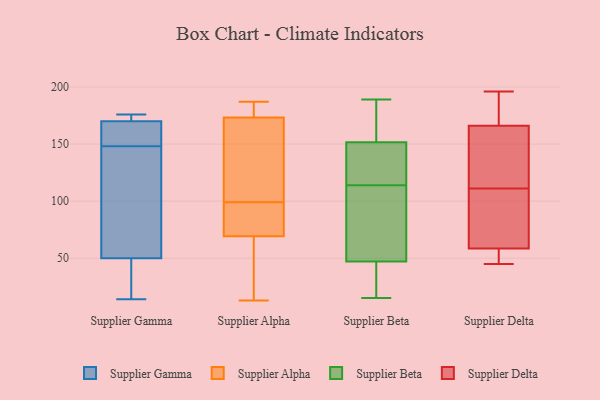
{"axis": {"x": "Backlog", "y": "Value"}, "legend": ["Supplier Alpha", "Supplier Beta", "Supplier Delta", "Supplier Gamma"], "data": [{"x": "", "y": 153, "type": "Supplier Gamma"}, {"x": "", "y": 175, "type": "Supplier Gamma"}, {"x": "", "y": 39, "type": "Supplier Gamma"}, {"x": "", "y": 173, "type": "Supplier Gamma"}, {"x": "", "y": 176, "type": "Supplier Gamma"}, {"x": "", "y": 148, "type": "Supplier Gamma"}, {"x": "", "y": 74, "type": "Supplier Gamma"}, {"x": "", "y": 173, "type": "Supplier Gamma"}, {"x": "", "y": 32, "type": "Supplier Gamma"}, {"x": "", "y": 14, "type": "Supplier Gamma"}, {"x": "", "y": 161, "type": "Supplier Gamma"}, {"x": "", "y": 149, "type": "Supplier Gamma"}, {"x": "", "y": 121, "type": "Supplier Gamma"}, {"x": "", "y": 80, "type": "Supplier Gamma"}, {"x": "", "y": 42, "type": "Supplier Gamma"}, {"x": "", "y": 180, "type": "Supplier Alpha"}, {"x": "", "y": 72, "type": "Supplier Alpha"}, {"x": "", "y": 87, "type": "Supplier Alpha"}, {"x": "", "y": 109, "type": "Supplier Alpha"}, {"x": "", "y": 173, "type": "Supplier Alpha"}, {"x": "", "y": 61, "type": "Supplier Alpha"}, {"x": "", "y": 13, "type": "Supplier Alpha"}, {"x": "", "y": 187, "type": "Supplier Alpha"}, {"x": "", "y": 123, "type": "Supplier Alpha"}, {"x": "", "y": 99, "type": "Supplier Alpha"}, {"x": "", "y": 34, "type": "Supplier Alpha"}, {"x": "", "y": 78, "type": "Supplier Alpha"}, {"x": "", "y": 174, "type": "Supplier Alpha"}, {"x": "", "y": 115, "type": "Supplier Beta"}, {"x": "", "y": 15, "type": "Supplier Beta"}, {"x": "", "y": 132, "type": "Supplier Beta"}, {"x": "", "y": 142, "type": "Supplier Beta"}, {"x": "", "y": 170, "type": "Supplier Beta"}, {"x": "", "y": 189, "type": "Supplier Beta"}, {"x": "", "y": 52, "type": "Supplier Beta"}, {"x": "", "y": 15, "type": "Supplier Beta"}, {"x": "", "y": 21, "type": "Supplier Beta"}, {"x": "", "y": 113, "type": "Supplier Beta"}, {"x": "", "y": 129, "type": "Supplier Beta"}, {"x": "", "y": 42, "type": "Supplier Beta"}, {"x": "", "y": 160, "type": "Supplier Beta"}, {"x": "", "y": 143, "type": "Supplier Beta"}, {"x": "", "y": 97, "type": "Supplier Beta"}, {"x": "", "y": 28, "type": "Supplier Beta"}, {"x": "", "y": 168, "type": "Supplier Beta"}, {"x": "", "y": 71, "type": "Supplier Beta"}, {"x": "", "y": 82, "type": "Supplier Beta"}, {"x": "", "y": 174, "type": "Supplier Beta"}, {"x": "", "y": 172, "type": "Supplier Delta"}, {"x": "", "y": 110, "type": "Supplier Delta"}, {"x": "", "y": 102, "type": "Supplier Delta"}, {"x": "", "y": 55, "type": "Supplier Delta"}, {"x": "", "y": 59, "type": "Supplier Delta"}, {"x": "", "y": 112, "type": "Supplier Delta"}, {"x": "", "y": 45, "type": "Supplier Delta"}, {"x": "", "y": 166, "type": "Supplier Delta"}, {"x": "", "y": 196, "type": "Supplier Delta"}, {"x": "", "y": 58, "type": "Supplier Delta"}, {"x": "", "y": 166, "type": "Supplier Delta"}, {"x": "", "y": 135, "type": "Supplier Delta"}]}